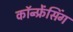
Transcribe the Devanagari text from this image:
कॉन्फ़्रेंसिंग